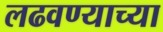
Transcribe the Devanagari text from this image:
लढवण्याच्या